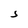
Character: S